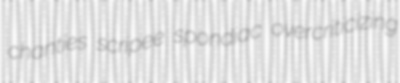
chanties scripee spondiac overcriticizing